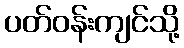
ပတ်ဝန်းကျင်သို့